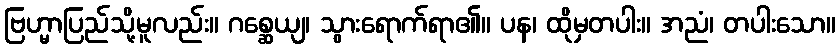
ဗြဟ္မာပြည်သို့မူလည်း။ ဂစ္ဆေယျ၊ သွားရောက်ရာ၏။ ပန၊ ထိုမှတပါး။ အညံ၊ တပါးသော။